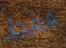
فقط